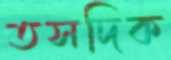
তসদিক